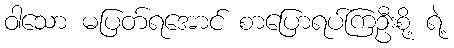
ဝါသော မပြတ်ရအောင် စာပြောရပ်ကြဦးစို့ ရဲ့